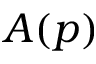
A ( p )